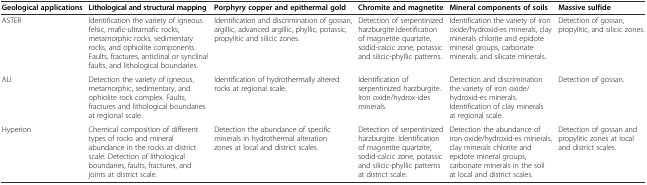
| Geological applications | Lithological and structural mapping | Porphyry copper and epithermal gold | Chromite and magnetite | Mineral components of soils | Massive sulfide |
 | --- | --- | --- | --- | --- | --- |
 | ASTER | Identification the variety of igneous felsic, mafic-ultramafic rocks, metamorphic rocks, sedimentary rocks, and ophiolite components. Faults, fractures, anticlinal or synclinal faults, and lithological boundaries. | Identification and discrimination of gossan, argillic, advanced argillic, phyllic, potassic, propylitic and silicic zones. | Detection of serpentinized harzburgite.Identification of magnetite quartzite, sodid-calcic zone, potassic and silicic-phyllic patterns. | Identification the variety of iron oxide/hydroxid-es minerals, clay minerals chlorite and epidote mineral groups, carbonate minerals, and silicate minerals. | Detection of gossan, propylitic, and silicic zones. |
 | ALI | Detection the variety of igneous, metamorphic, sedimentary, and ophiolite rock complex. Faults, fractures and lithological boundaries at regional scale. | Identification of hydrothermally altered rocks at regional scale. | Identification of serpentinized harzburgite. Iron oxide/hydrox-ides minerals. | Detection and discrimination the variety of iron oxide/hydroxid-es minerals. Identification of clay minerals at regional scale. | Detection of gossan. |
 | Hyperion | Chemical composition of different types of rocks and mineral abundance in the rocks at district scale. Detection of lithological boundaries, faults, fractures, and joints at district scale. | Detection the abundance of specific minerals in hydrothermal alteration zones at local and district scales. | Detection of serpentinized harzburgite. Identification of magnetite quartzite, sodid-calcic zone, potassic and silicic-phyllic patterns at district scale. | Detection the abundance of iron oxide/hydroxid-es minerals, clay minerals chlorite and epidote mineral groups, carbonate minerals in the soil at local and district scales. | Detection of gossan and propylitic zones at local and district scales. |